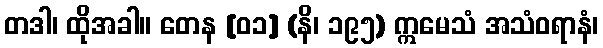
တဒါ၊ ထိုအခါ။ တေန [၀၁] (နိ၊ ၁၉၅) ဣမေသံ အသံဝရာနံ၊